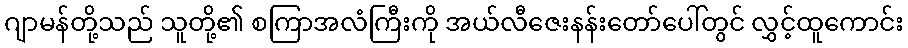
ဂျာမန်တို့သည် သူတို့၏ စကြာအလံကြီးကို အယ်လီဇေးနန်းတော်ပေါ်တွင် လွှင့်ထူကောင်း